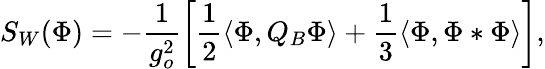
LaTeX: S_{W}(\Phi)=-\frac{1}{g_{o}^{2}}\left[\frac{1}{2}\langle\Phi,Q_{B}\Phi\rangle+\frac{1}{3}\langle\Phi,\Phi*\Phi\rangle\right],